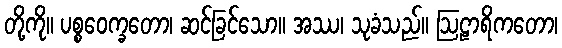
တို့ကို။ ပစ္စဝေက္ခတော၊ ဆင်ခြင်သော။ အဿ၊ သုခံသည်။ ဩဠာရိကတော၊